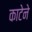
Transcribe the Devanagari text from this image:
काटेने